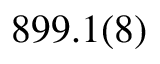
8 9 9 . 1 ( 8 )